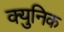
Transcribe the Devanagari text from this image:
क्युनिक